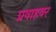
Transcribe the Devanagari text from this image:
प्रवाहवर